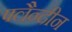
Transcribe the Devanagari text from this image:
फ्लैन्दीन